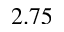
2 . 7 5